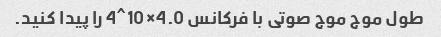
طول موج موج صوتی با فرکانس 4.0×10^4 را پیدا کنید.